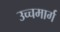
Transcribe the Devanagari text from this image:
उच्चमार्ग